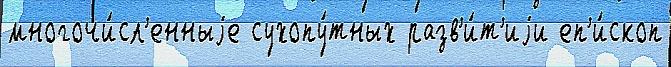
многочи́сл'енныjе сухопу́тных разв'и́т'иjи еп'и́скоп